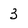
Character: 3